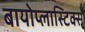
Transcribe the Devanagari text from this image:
बायोप्लास्टिक्स